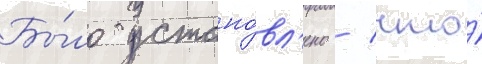
Бы́ло устано́вл'ено / что́